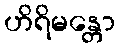
ဟိရိမန္တော